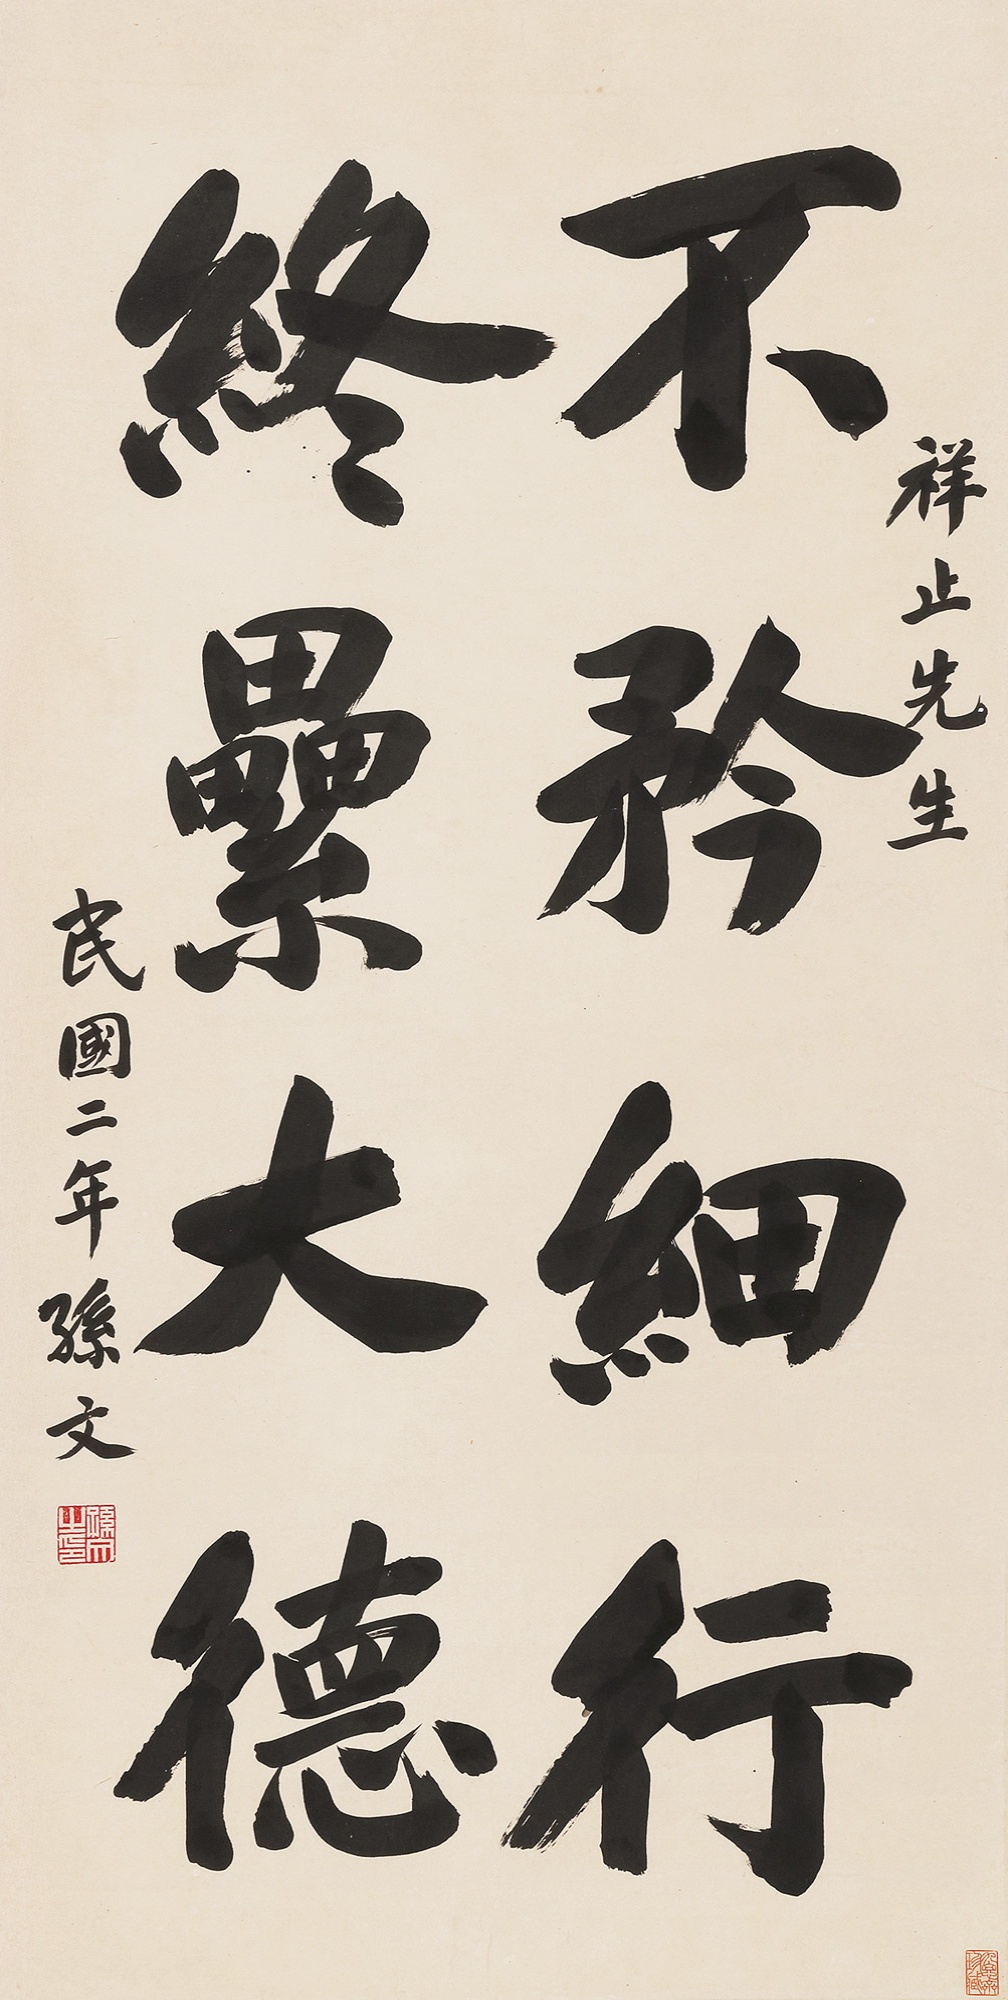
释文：不矜细行，终累大德。祥止先生。民国二年。孙文。